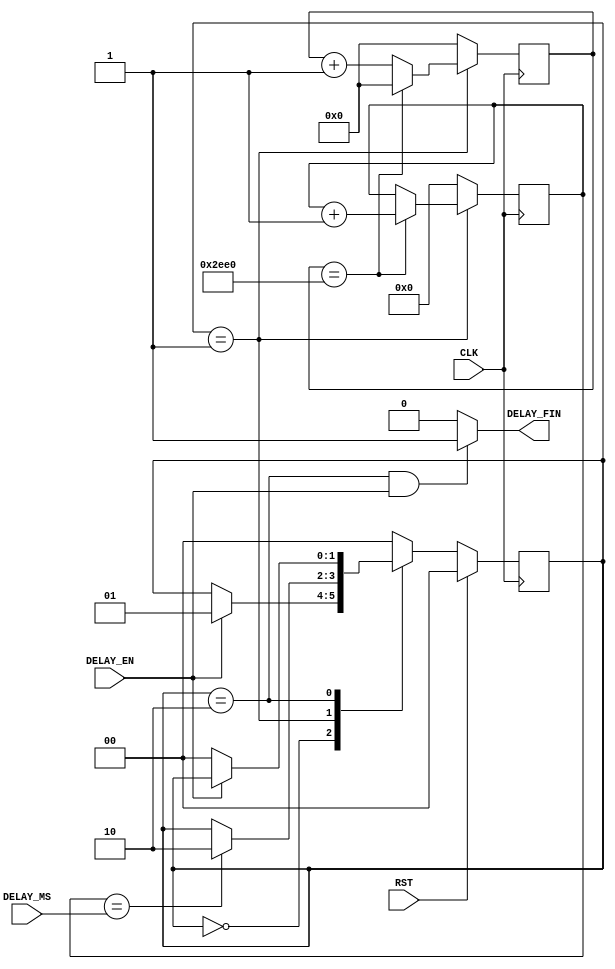
module Delay_1(
    CLK,
    RST,
    DELAY_MS,
    DELAY_EN,
    DELAY_FIN
    );
    input CLK;
    input RST;
    input [11:0] DELAY_MS;
    input DELAY_EN;
    output DELAY_FIN;
	wire DELAY_FIN;
	reg [13:0] clk_counter = 14'b00000000000000;		
	reg [11:0] ms_counter = 12'h000;							
	parameter Idle = 2'd0, Hold = 2'd1, Done = 2'd2;
	reg [1:0] current_state = Idle;
	assign DELAY_FIN = (current_state == Done && DELAY_EN == 1'b1) ? 1'b1 : 1'b0;
	always @(posedge CLK) begin
			if(RST == 1'b1) begin
					current_state <= Idle;
			end
			else begin
					case(current_state)
							Idle : begin
									if(DELAY_EN == 1'b1) begin
											current_state <= Hold;
									end
							end
							Hold : begin
									if(ms_counter == DELAY_MS) begin
											current_state <= Done;
									end
							end
							Done : begin
									if(DELAY_EN == 1'b0) begin
											current_state <= Idle;
									end
							end
							default : current_state <= Idle;
					endcase
			end
	end
	always @(posedge CLK) begin
			if(current_state == Hold) begin
					if(clk_counter == 14'b10111011100000) begin		
							clk_counter <= 14'b00000000000000;
							ms_counter <= ms_counter + 1'b1;					
					end
					else begin
							clk_counter <= clk_counter + 1'b1;
					end
			end
			else begin																
					clk_counter <= 14'b00000000000000;
					ms_counter <= 12'h000;
			end
	end
endmodule